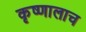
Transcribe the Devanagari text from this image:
कृष्णालाच